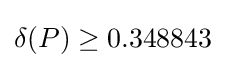
\delta (P)\geq 0.348843